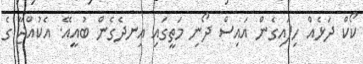
ކޯކް ދަޅެއް ހިފައިގެން އައިސް ދޯނި މަތީގައި އިނދެގެން ބުއީއޭ. އެކުއްޖާ ގެ